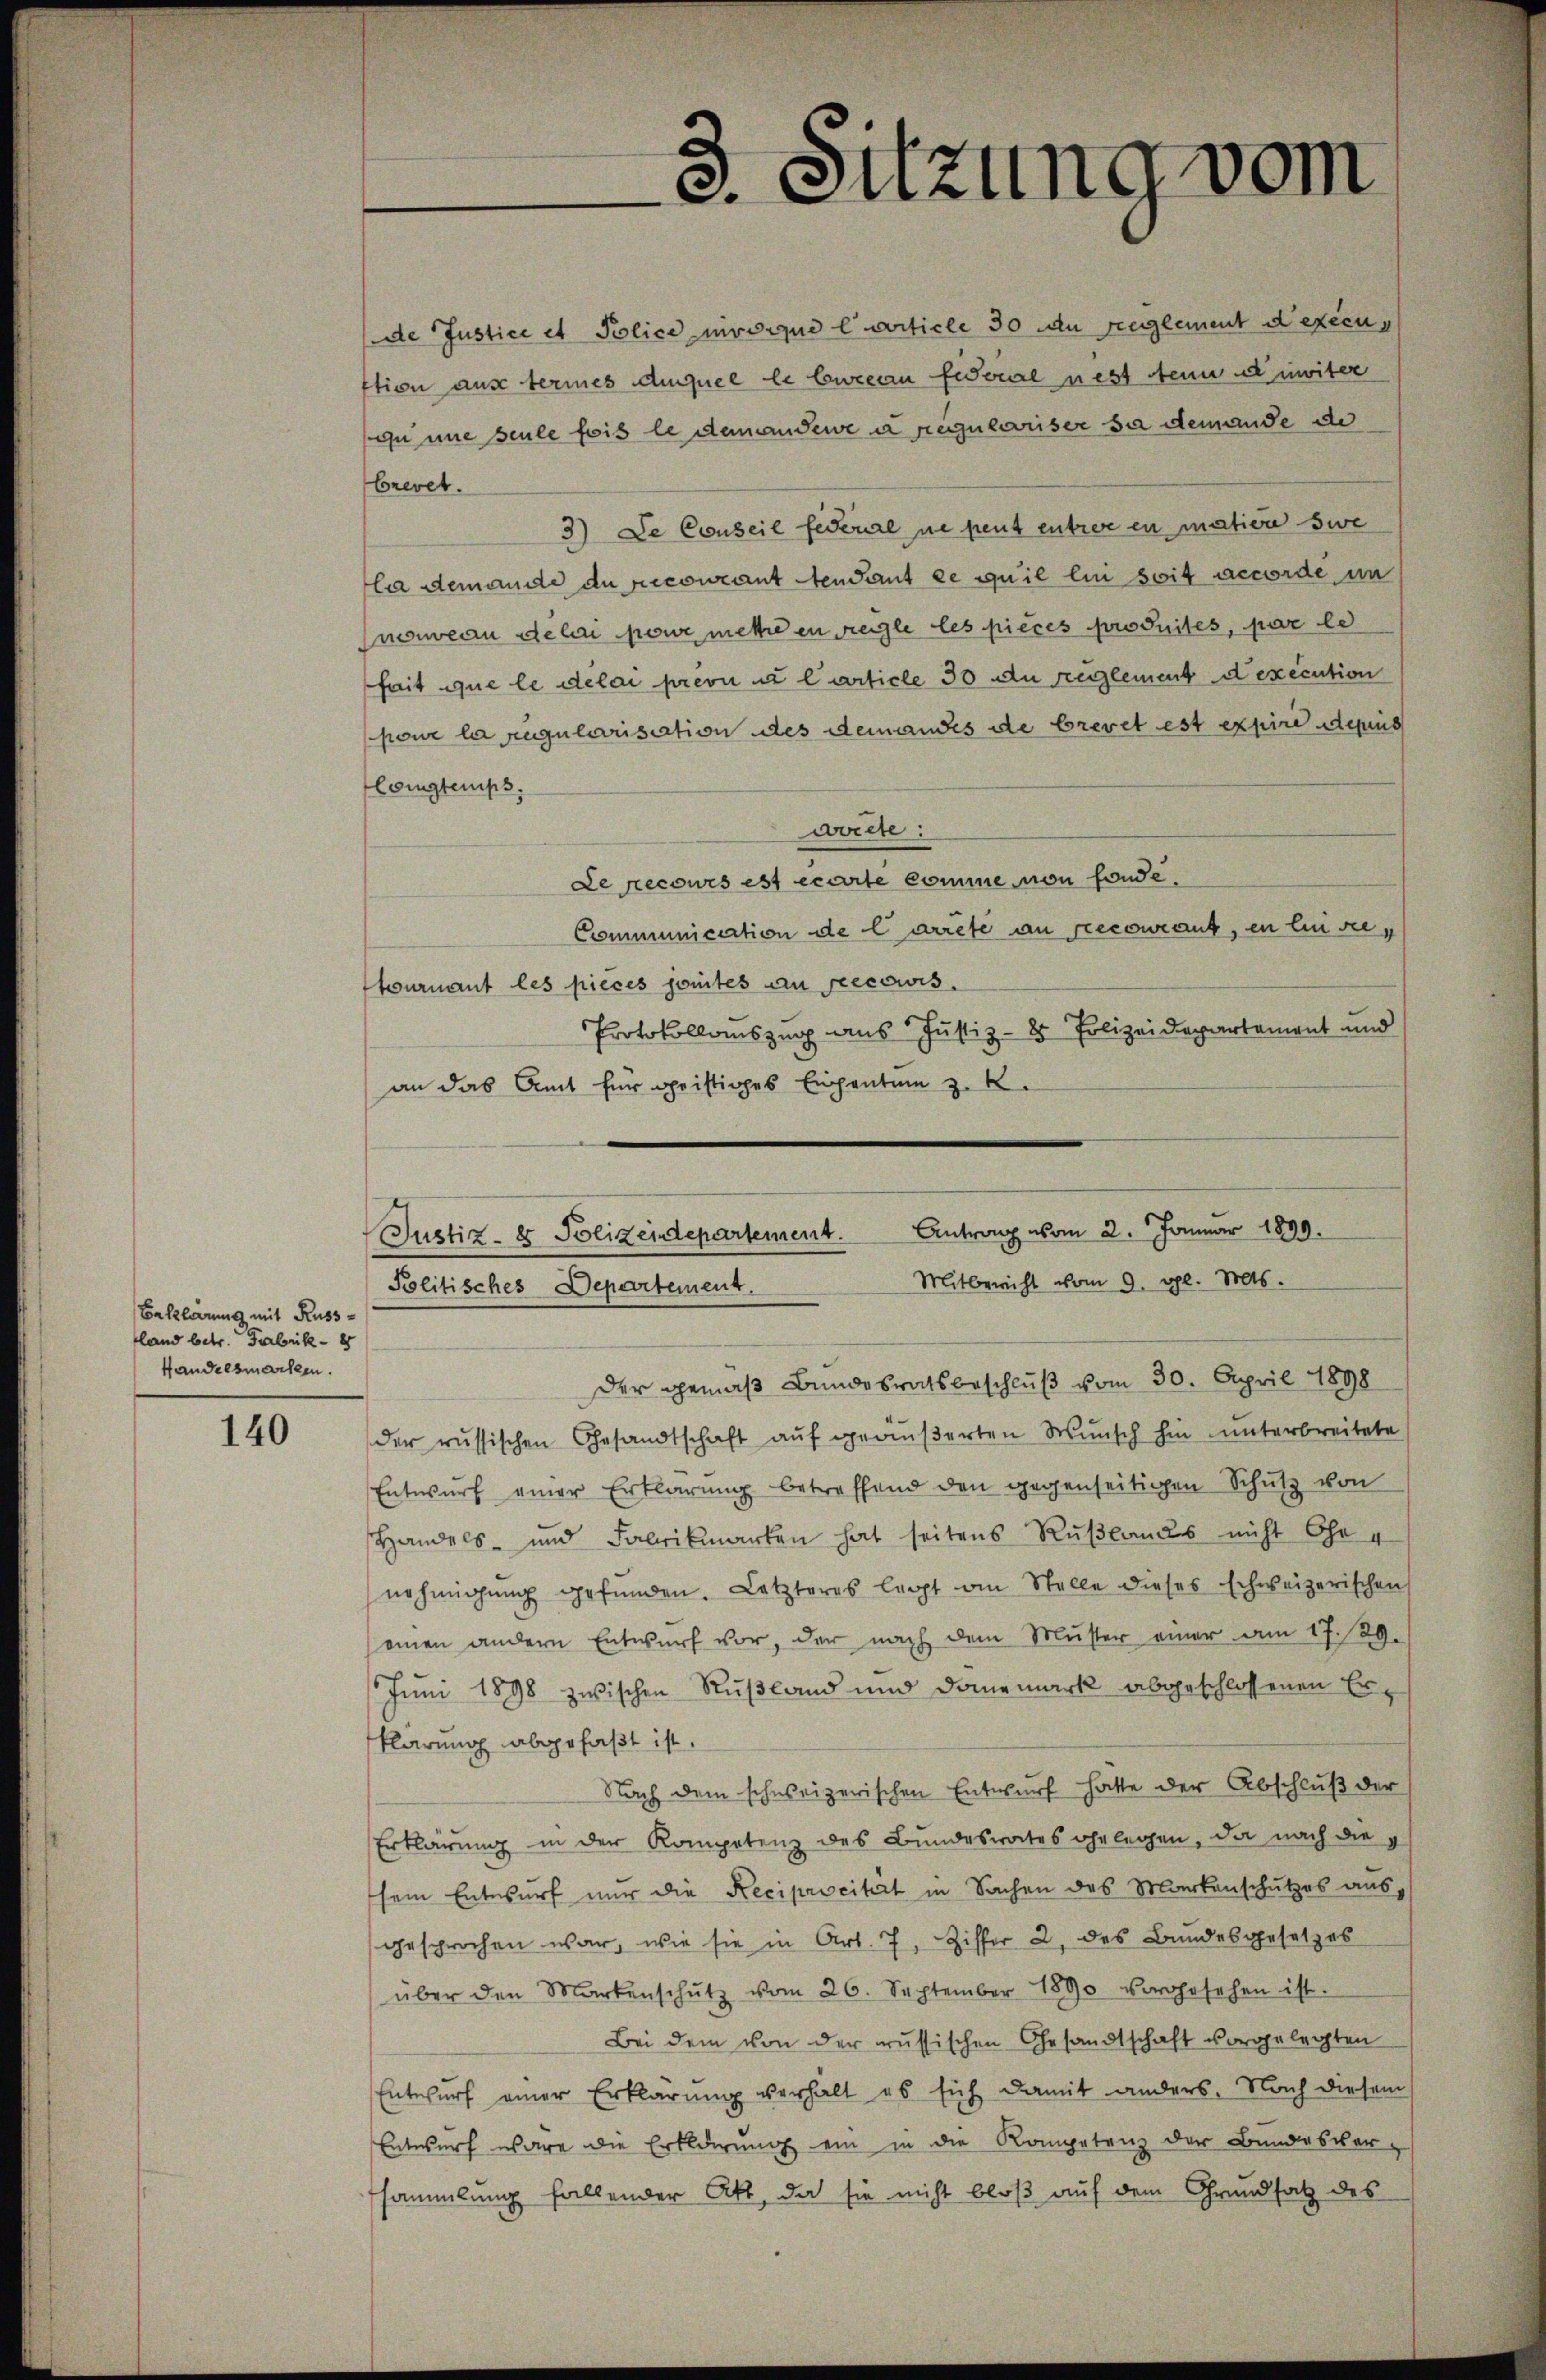
Baklärung mit Russland betr. Fabrik- 8
Handelsmachen.

140

de Justice et Police nivoique Carticle 30 den reglement d’execuftion aus termes duquel le bureau fideral nest denn de miter
ou une seule fois le demandere i regulariser sa demande de
brevet.
3) De Conseil federial ne peut entrer en matien sie
la demande du recourant tendant ce quil lui soit accorde in
nouveau délai pour mettre en teile les pièces produites, par le
fait que le délai prevu u l’article 30 an reglement dexecution
pour la rugularisiation des demandes de brevet est expire depins
Constemps.
worte:
Le recours est écarte comme von fonde.
Communication de larrete an recourant, in Ausretournant les pieces somites an recowis.
Protokollauszug aus Justiz- & Polizeidepartement und
an das Amt für geistiges Eigentum z. K.
Der gemäß Bundesratsbeschluß vom 30. April 1898
der russischen Gesandtschaft auf geäußerten Wunsch hin unterbreitete
Entwŭrf einer Erklärŭng betreffend den gegenseitigen Schŭtz von
Handels- und Fabrikmarken hat seitens Rußlands nicht Ohr 4
nehmigung gefunden. Letzteres legt an Stelle dieses schweizerischen
einen andern Entwurf vor, der nach dem Muster einer am 17. 29.
Juni 1898 zwischen Rußland und Danemark abgeschlossenen Erklärung abgefaßt ist.
Nach dem schweizerischen Entwurf hatte der Abschluß der
Erklärung in der Kompetenz des Bundesrates gelegen, da nach die
sein Entwurf nur die Reciprocität in Sachen des Markenschutzes aus,
gesprochen war, wie sie in Art. 7, Ziffer 2. des Bundesgesetzes
über den Markenschŭtz vom 26. September 1890 vorgesehen ist.
Bei dem von der russischen Gesandtschaft vorgelegten
Entwurf einer Erklärung verhalt es sich damit anders. Nach diesem
Entwurf wäre die Erklärung ein in die Kompetenz der Bundesver-
sammlung fallender Akt, da sie nicht bloß auf dem Grundsatz des

3. Sitzung vom

Justiz- & Polizeidepartement. Antrag vom 2. Januar 1899.
Mitbericht vom 9. gl. Mts.
Politisches Departement.